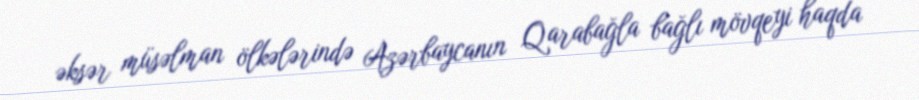
əksər müsəlman ölkələrində Azərbaycanın Qarabağla bağlı mövqeyi haqda